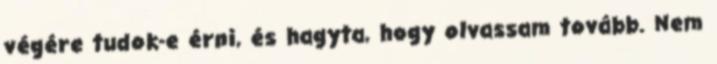
végére tudok-e érni, és hagyta, hogy olvassam tovább. Nem